Annual report on the Civil Veterinary Department, Burma (including the Insein Veterinary School) - 1932-1941
Year: 1932
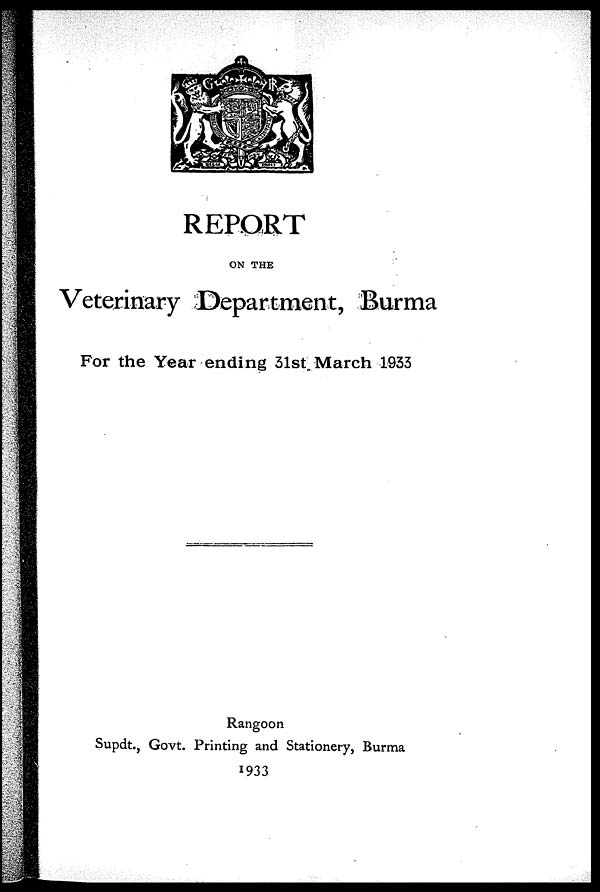
REPORT
ON THE
Veterinary Department, Burma
For the Year ending 31st March 1933
Rangoon
Supdt., Govt. Printing and Stationery, Burma
1933